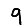
Digit: 9